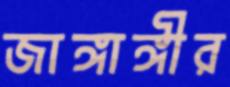
জাঙ্গাঙ্গীর